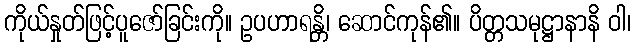
ကိုယ်နှုတ်ဖြင့်ပူဇော်ခြင်းကို။ ဥပဟာရန္တိ၊ ဆောင်ကုန်၏။ ပိတ္တသမုဋ္ဌာနာနိ ဝါ၊